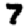
Digit: 7